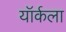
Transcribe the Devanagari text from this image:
यॉर्कला